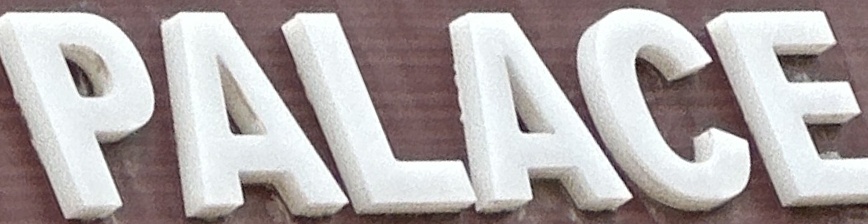
PALACE